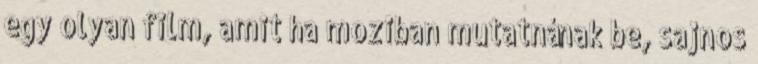
egy olyan film, amit ha moziban mutatnának be, sajnos